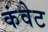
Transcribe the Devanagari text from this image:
कंवेट